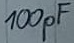
Text: 100pF